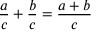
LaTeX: { \frac { a } { c } } + { \frac { b } { c } } = { \frac { a + b } { c } }